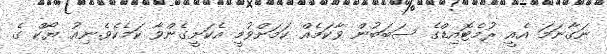
ނަގާނަމަ އެއީ ރުމެޓޮއިޑްގެ ސަބަބުން ވާކަމެއް ކަމަށްވުމީ އެކަށީގެންވާ ކަމެކެވެ.ނިއު ޔޯކް ގެ